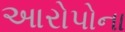
આરોપોના